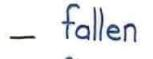
- fallen